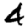
Digit: 4